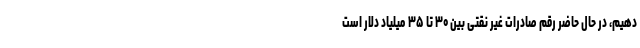
دهیم، در حال حاضر رقم صادرات غیر نقتی بین ۳۰ تا ۳۵ میلیاد دلار است